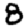
Digit: 8